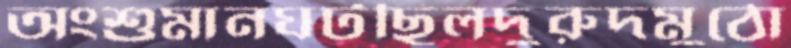
অংশুমানঘটছিলদুরুদমুঠো